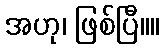
အဟု၊ ဖြစ်ပြီ။။